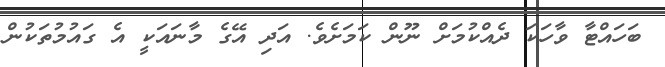
ބަހައްޓާ ވާހަކަ ދެއްކުމަށް ނޫން ކަމަށެވެ. އަދި އޭގެ މާނައަކީ އެ ގައުމުތަކުން